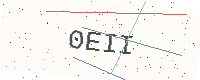
Text: 0EII